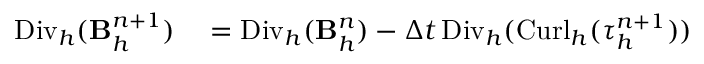
\begin{array} { r l } { { \mathrm { D i v } _ { h } } ( \mathbf B _ { h } ^ { n + 1 } ) } & { { } = { \mathrm { D i v } _ { h } } ( \mathbf B _ { h } ^ { n } ) - \Delta t \, { \mathrm { D i v } _ { h } } ( { \mathrm { C u r l } _ { h } } ( \boldsymbol { \tau } _ { h } ^ { n + 1 } ) ) } \end{array}